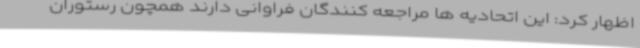
اظهار کرد: این اتحادیه ها مراجعه کنندگان فراوانی دارند همچون رستوران